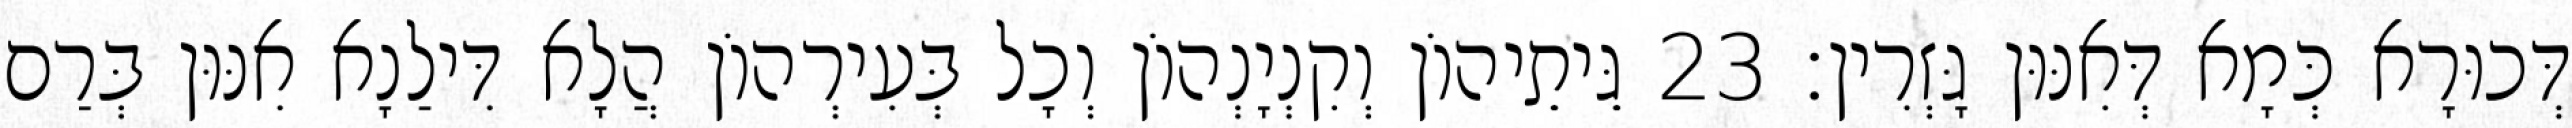
דְּכוּרָא כְּמָא דְּאִנּוּן גָּזְרִין׃ 23 גֵּיתֵיהוֹן וְקִנְיָנְהוֹן וְכָל בְּעִירְהוֹן הֲלָא דִּילַנָא אִנּוּן בְּרַם